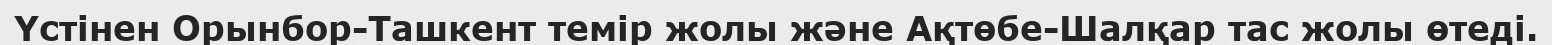
Үстінен Орынбор-Ташкент темір жолы және Ақтөбе-Шалқар тас жолы өтеді.